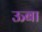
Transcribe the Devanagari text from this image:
ऊबा